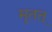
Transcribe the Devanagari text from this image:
मृतत्